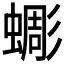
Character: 𧐸